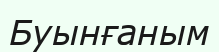
Буынғаным